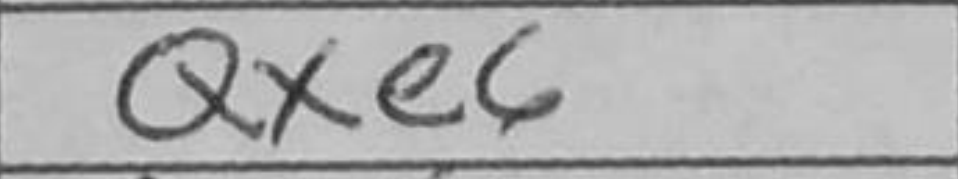
Transcription: Qxe6